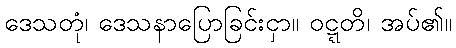
ဒေသတုံ၊ ဒေသနာပြောခြင်းငှာ။ ဝဋ္ဋတိ၊ အပ်၏။